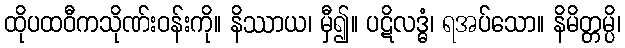
ထိုပထဝီကသိုဏ်းဝန်းကို။ နိဿာယ၊ မှီ၍။ ပဋိလဒ္ဓံ၊ ရအပ်သော။ နိမိတ္တမ္ပိ၊